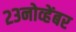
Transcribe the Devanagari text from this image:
२३नोव्हेंबर